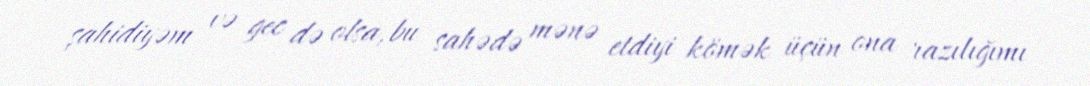
şahidiyəm və gec də olsa, bu sahədə mənə etdiyi kömək üçün ona razılığımı